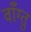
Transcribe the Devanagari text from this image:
वाँग्तु